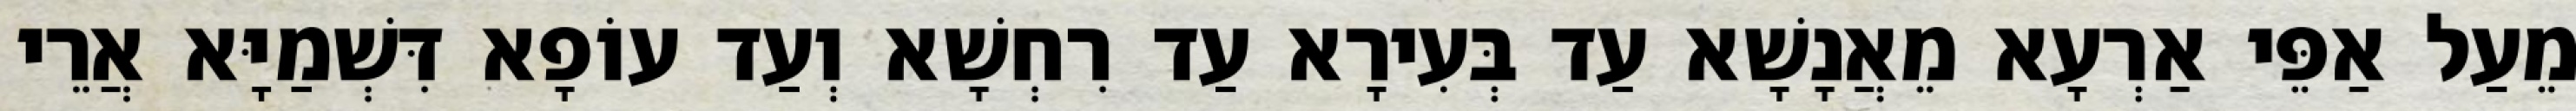
מֵעַל אַפֵּי אַרְעָא מֵאֲנָשָׁא עַד בְּעִירָא עַד רִחְשָׁא וְעַד עוֹפָא דִּשְׁמַיָּא אֲרֵי